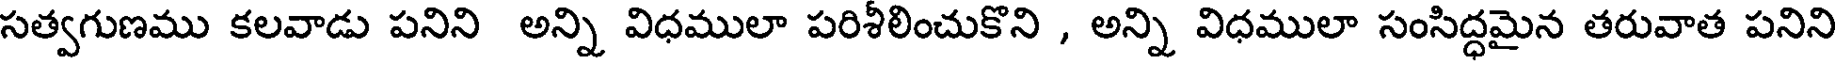
సత్వగుణము కలవాడు పనిని అన్ని విధములా పరిశీలించుకొని , అన్ని విధములా సంసిద్ధమైన తరువాత పనిని